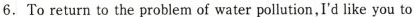
6. To return to the problem of water pollution, I'd like you to l